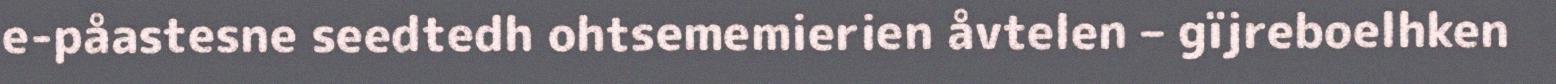
e-påastesne seedtedh ohtsememierien åvtelen – gïjreboelhken